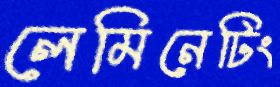
লেমিনেটিং